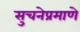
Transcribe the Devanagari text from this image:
सुचनेप्रमाणे